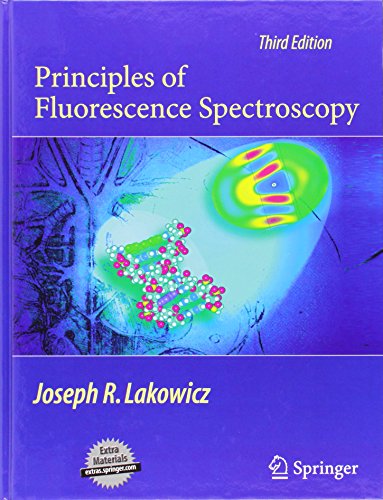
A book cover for Principles of Fluorescence Spectroscopy; Joseph R.  Lakowicz; Medical Books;